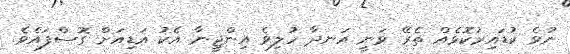
ނުވެ ކުޑައިރުކޮޅެއް ތެރޭ ވަނީ އަނދާ ހުލިވެ އިންޖީނާ އެކު އަޑިއަށް ގޮސްފައެވެ.